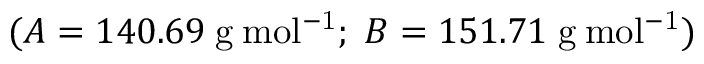
( A = 1 4 0 . 6 9 \; \mathrm { g \: m o l ^ { - 1 } } ; \; B = 1 5 1 . 7 1 \; \mathrm { g \: m o l ^ { - 1 } } )